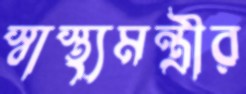
স্বাস্থ্যমন্ত্রীর